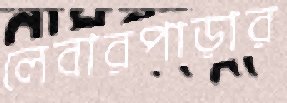
লেবারপাড়ার